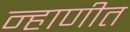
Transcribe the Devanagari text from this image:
न्हाणीत